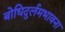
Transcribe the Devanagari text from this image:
बोधिदुर्लमभावना